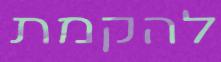
להקמת